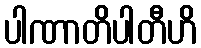
ပါဏာတိပါတီဟိ